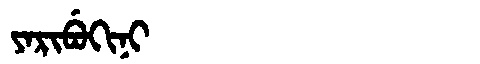
Manchu: ᠶᠠᡵᡳᠪᡠᡴᡳᠨᡳ
Romanization: YARIBUKINI